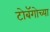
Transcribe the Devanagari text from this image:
टोबॅगोच्या